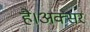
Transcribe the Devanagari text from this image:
है।अक्सर